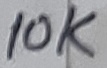
Text: 10K